Senior Leaving Certificate Examination (including Day School Certificate (Higher) General paper), 1949
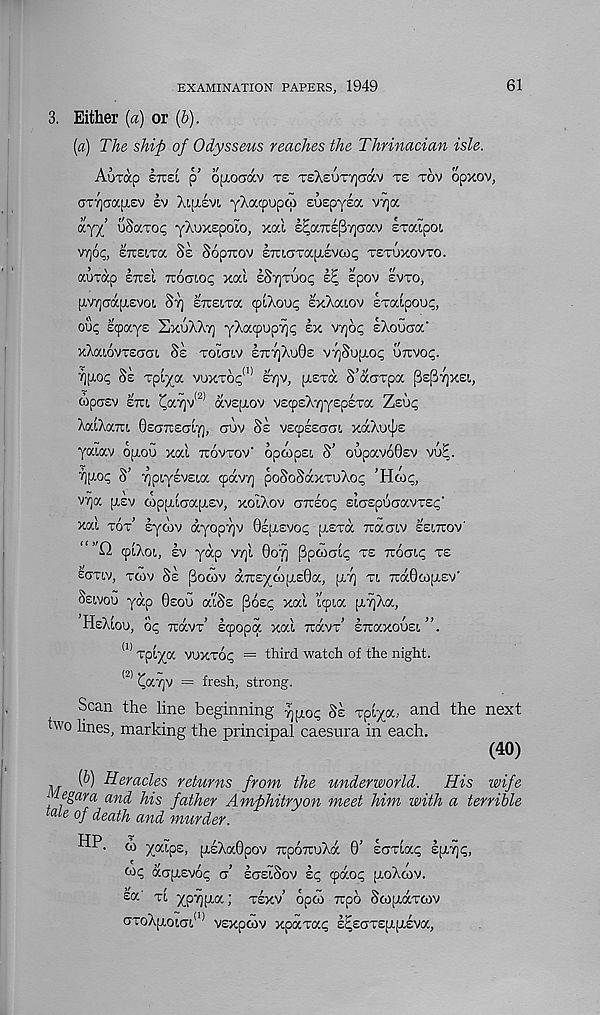
EXAMINATION PAPERS, 1949
61
3. Either {a) or (&).
{a) The ship of Odysseus reaches the Thrinacian isle.
AuTtxp enei p opiouav re TsXeuTiQcrav ts tov opxov,
GT7](jap.£v Iv Xiptlvi yXacpopoi euEpyEa V7]a
ayy’ uSaxo^ yXoxEpoto, xal E^aTCEp^crav Exaipoi,
V7]6p, ETTEITOC Se SopTTOV ETTLCrTOCpiEVWi; TETUXOVTO.
auxap etcei noaioc, xal eStjxuoi; e^ spov evxo,
pyjadcpiEvoi. St] etteixcc cpiXou^ ExXaiov sxatpou;,
oup Ecpays ExuXXt] yXoctpupTji; ex vrjbt; EXoGcra’
xXaiovxsaai Se xolaiv etctjXuGe VTjSuptop uttvo^.
Tlfiot; Se xptya voxxop* 11 stjv, [texo, S’aaxpa [3e[3y]xei,
wpasv etci ^a7]v (2) av£[j,ov V£cpEX7]y£p£xa Zsu^
XatXaTU Oectiectit), ctov Se vscpEEccn, xdcXu^s
yociav opioo xai ttovxov' opaipsi 8’ oopavoOsv vu^.
■ yj^op S’ ^piyevEtoc cpavy; poSoSdcxxoXo!; ’Hoop,
V7]a p.£v topfxtcrapiEV, xoiXov aizeoc, EiuEpucjavxE^'
xal xox’ syaiv ayopTjv 0£[j(.evop [texoc rcaaiv eelttov'
“’’Q cpiXoi, ev yap vyt, 0of) ppoialp xe tcocti^ xe
eaxiv, x<Gv Se Pocov a7i:£yoi[X£0a, p.7] xi TcaOcopiEv'
Seivou yap 0eou aiSs Posp xat icpia pi^Xa,
neAiox), oq tcocvt scpopa xai TUOCVT STTaXOUSl .
(1) xpiya vuxxot; = third watch of the night.
l2) (^a7]V = fresh, strong.
Scan the line beginning
Se xpiya.. and the next
hvo lines, marking the principal caesura in each.
(40)
,
(^) Heracles returns from the underworld.
His wife
viegara and his father Amphitryon meet him with a terrible
a te of death and murder.
HP. oi yaips, psXaOpov rcpoTruXa 0’ scrxla^ sir/jp,
acpiEvop a ecjeiSov ic, cpao^ ptoXoiv.
sa’ xi yp-/j[j.a; xexv’ opto Ttpo Soiyaxoiv
aX0X[X0LGL (I) VEXpOIV xpaxac sGEO'XEJTp.EVa,